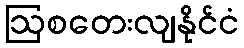
ဩစတေးလျနိုင်ငံ